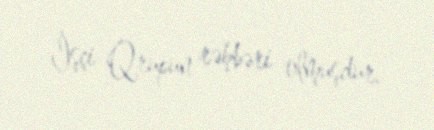
İşçi Qrupun rəhbəri olmuşdur.